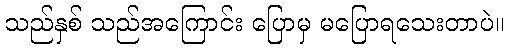
သည်နှစ် သည်အကြောင်း ပြောမှ မပြောရသေးတာပဲ။